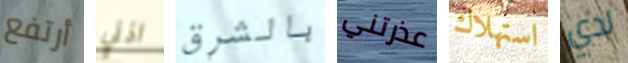
أرتفع اذني بالشرق عذرتني استهلاك لدي